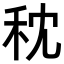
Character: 𥝴